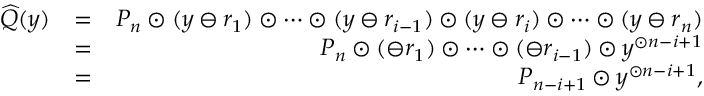
\begin{array} { r l r } { \widehat { Q } ( y ) } & { = } & { P _ { n } \odot ( y \ominus r _ { 1 } ) \odot \cdots \odot ( y \ominus r _ { i - 1 } ) \odot ( y \ominus r _ { i } ) \odot \cdots \odot ( y \ominus r _ { n } ) } \\ & { = } & { P _ { n } \odot ( \ominus r _ { 1 } ) \odot \cdots \odot ( \ominus r _ { i - 1 } ) \odot y ^ { \odot n - i + 1 } } \\ & { = } & { P _ { n - i + 1 } \odot y ^ { \odot n - i + 1 } , } \end{array}